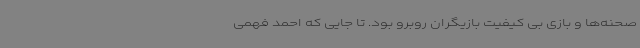
صحنه‌ها و بازی بی کیفیت بازیگران روبرو بود. تا جایی که احمد فهمی